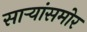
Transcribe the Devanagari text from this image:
साऱ्यांसमोर